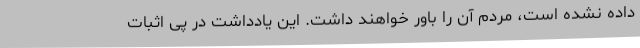
داده نشده است، مردم آن را باور خواهند داشت. این یادداشت در پی اثبات